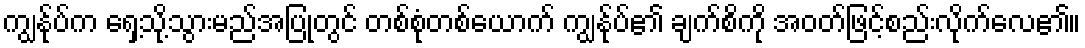
ကျွန်ုပ်က ရှေ့သို့သွားမည်အပြုတွင် တစ်စုံတစ်ယောက် ကျွန်ုပ်၏ ချက်စိကို အဝတ်ဖြင့်စည်းလိုက်လေ၏။